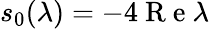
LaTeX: s_{0}(\lambda)=-4\mathrm{~R~e~}\lambda